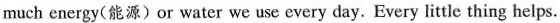
much energy(能源)or water we use every day.Every little thing helps.